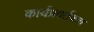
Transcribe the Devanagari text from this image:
कार्यप्रवर्तकच